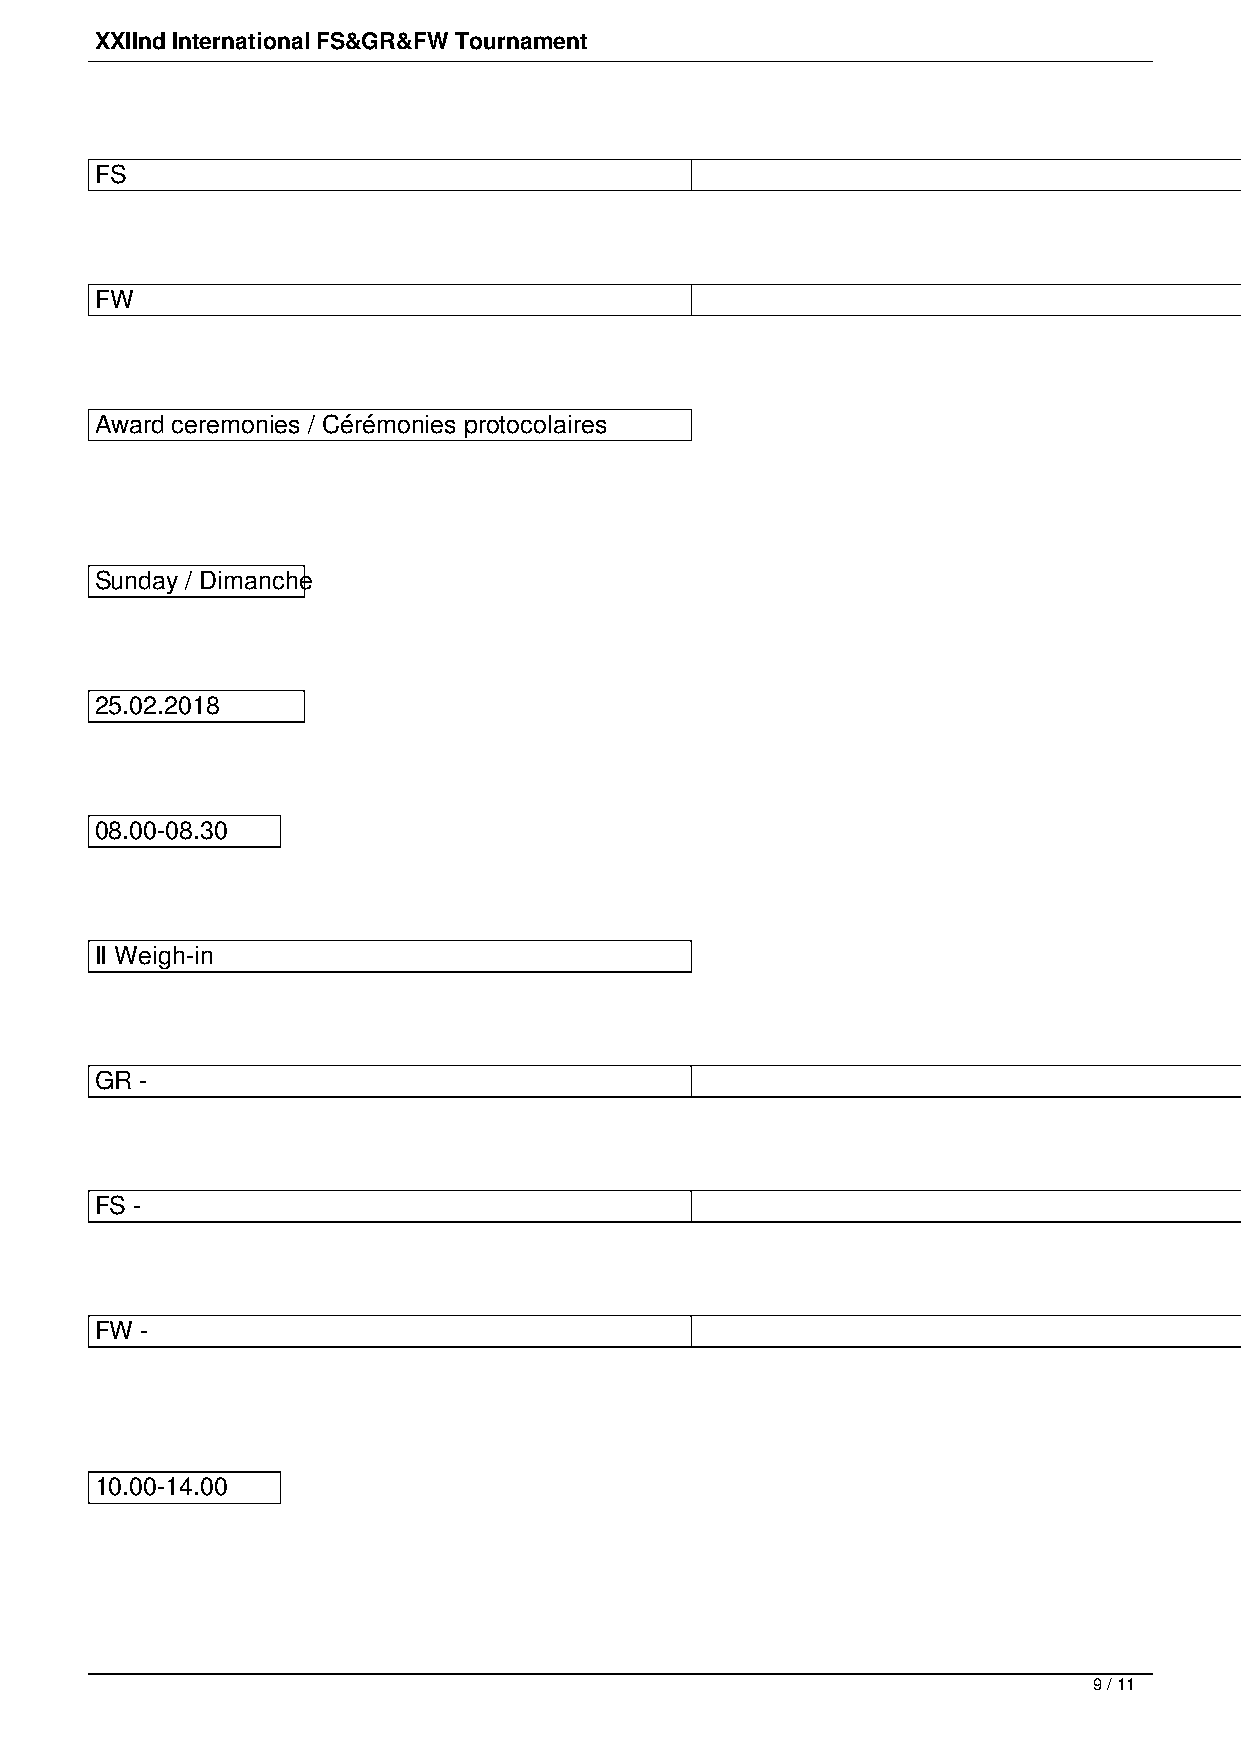
XXIІnd International FS&GR&FW Tournament
 FS                                                                              -                                                                               57, 65, 74, 86, 97 kg
 FW                                                                              -                                                                               50, 55, 59, 65, 72 kg
 Award ceremonies / Cérémonies protocolaires
 Sunday / Dimanche
 25.02.2018
 08.00-08.30
 II Weigh-in
 GR -                                                                            60, 67, 77, 87 and 130 kg (+2 kg)
 FS -                                                                            61, 70, 79, 92 and 125 kg (+2 kg)
 FW -                                                                            53, 57, 62, 68 and 76 kg (+2 kg)
 10.00-14.00
 9 / 11